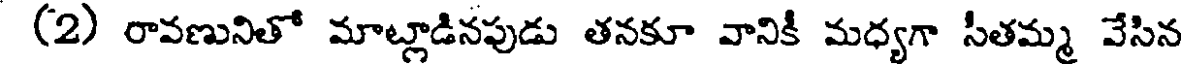
(2) రావణునితో మాట్లాడినపుడు తనకూ వానికీ మధ్యగా సీతమ్మ వేసిన